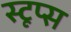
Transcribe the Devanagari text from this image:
स्टूप्स